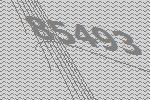
85493